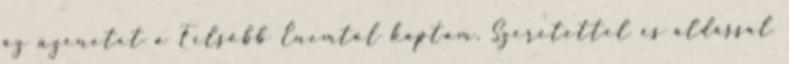
az üzenetet a Felsőbb Énemtől kaptam. Szeretettel és áldással